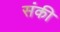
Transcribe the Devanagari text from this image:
संकी